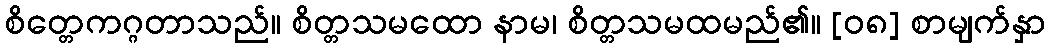
စိတ္တေကဂ္ဂတာသည်။ စိတ္တသမထော နာမ၊ စိတ္တသမထမည်၏။ [၀၈] စာမျက်နှာ